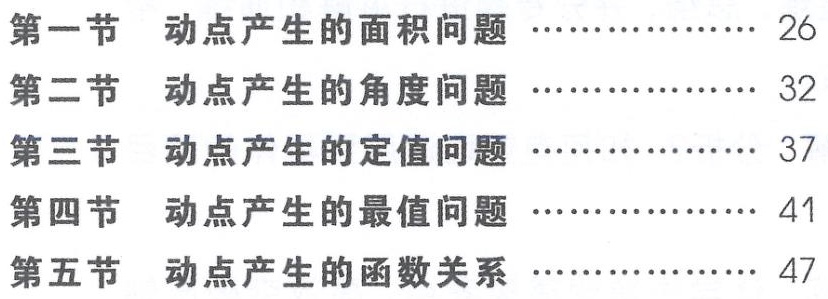
\begin{enumerate}

\item 第一节 动点产生的面积问题 \hfill 26

\item 第二节 动点产生的角度问题 \hfill 32

\item 第三节 动点产生的定值问题 \hfill 37

\item 第四节 动点产生的最值问题 \hfill 41

\item 第五节 动点产生的函数关系 \hfill 47

\end{enumerate}